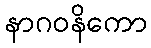
နာဂဝနိကော